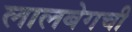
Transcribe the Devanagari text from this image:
लालबेगची